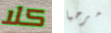
كلا مرحبا